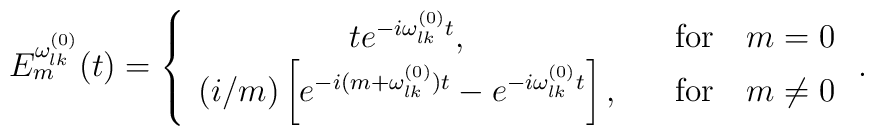
E_{m}^{\omega _{lk}^{(0)}}(t)=\left\{\begin{array}{cc}te^{-i\omega _{lk}^{(0)}t}, & \quad \mathrm{for}\quad m=0 \\(i/m)\left[ e^{-i(m+\omega _{lk}^{(0)})t}-e^{-i\omega _{lk}^{(0)}t}\right] ,& \quad \mathrm{for}\quad m\neq 0\end{array}\right. .